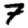
Digit: 7